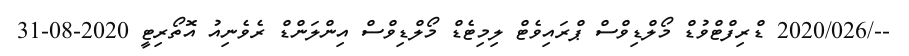
--/2020/026 ޑްރިފްޓްވުޑް މޯލްޑިވްސް ޕްރައިވެޓް ލިމިޓެޑް މޯލްޑިވްސް އިންލަންޑް ރެވެނިއު އޮތޯރިޓީ 2020-08-31